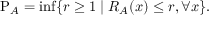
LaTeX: \mathrm { P } _ { A } = \operatorname* { i n f } \{ r \geq 1 \mid R _ { A } ( x ) \leq r , \forall x \} .